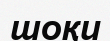
шоқи